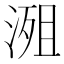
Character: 𣹖